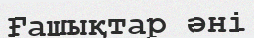
Ғашықтар әні